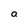
Character: a